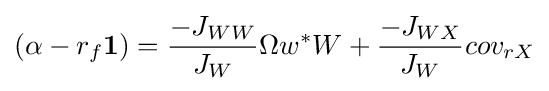
(\alpha -r_{f}{\mathbf {1} })={\frac {-J_{WW}}{J_{W}}}\Omega w^{*}W+{\frac {-J_{WX}}{J_{W}}}cov_{rX}